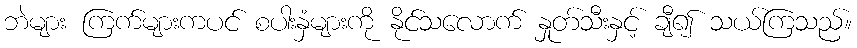
ဘဲများ ကြက်များကပင် စပါးနှံများကို နိုင်သလောက် နှုတ်သီးနှင့် ချီ၍ သယ်ကြသည်။